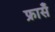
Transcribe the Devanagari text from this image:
फ्रासँ